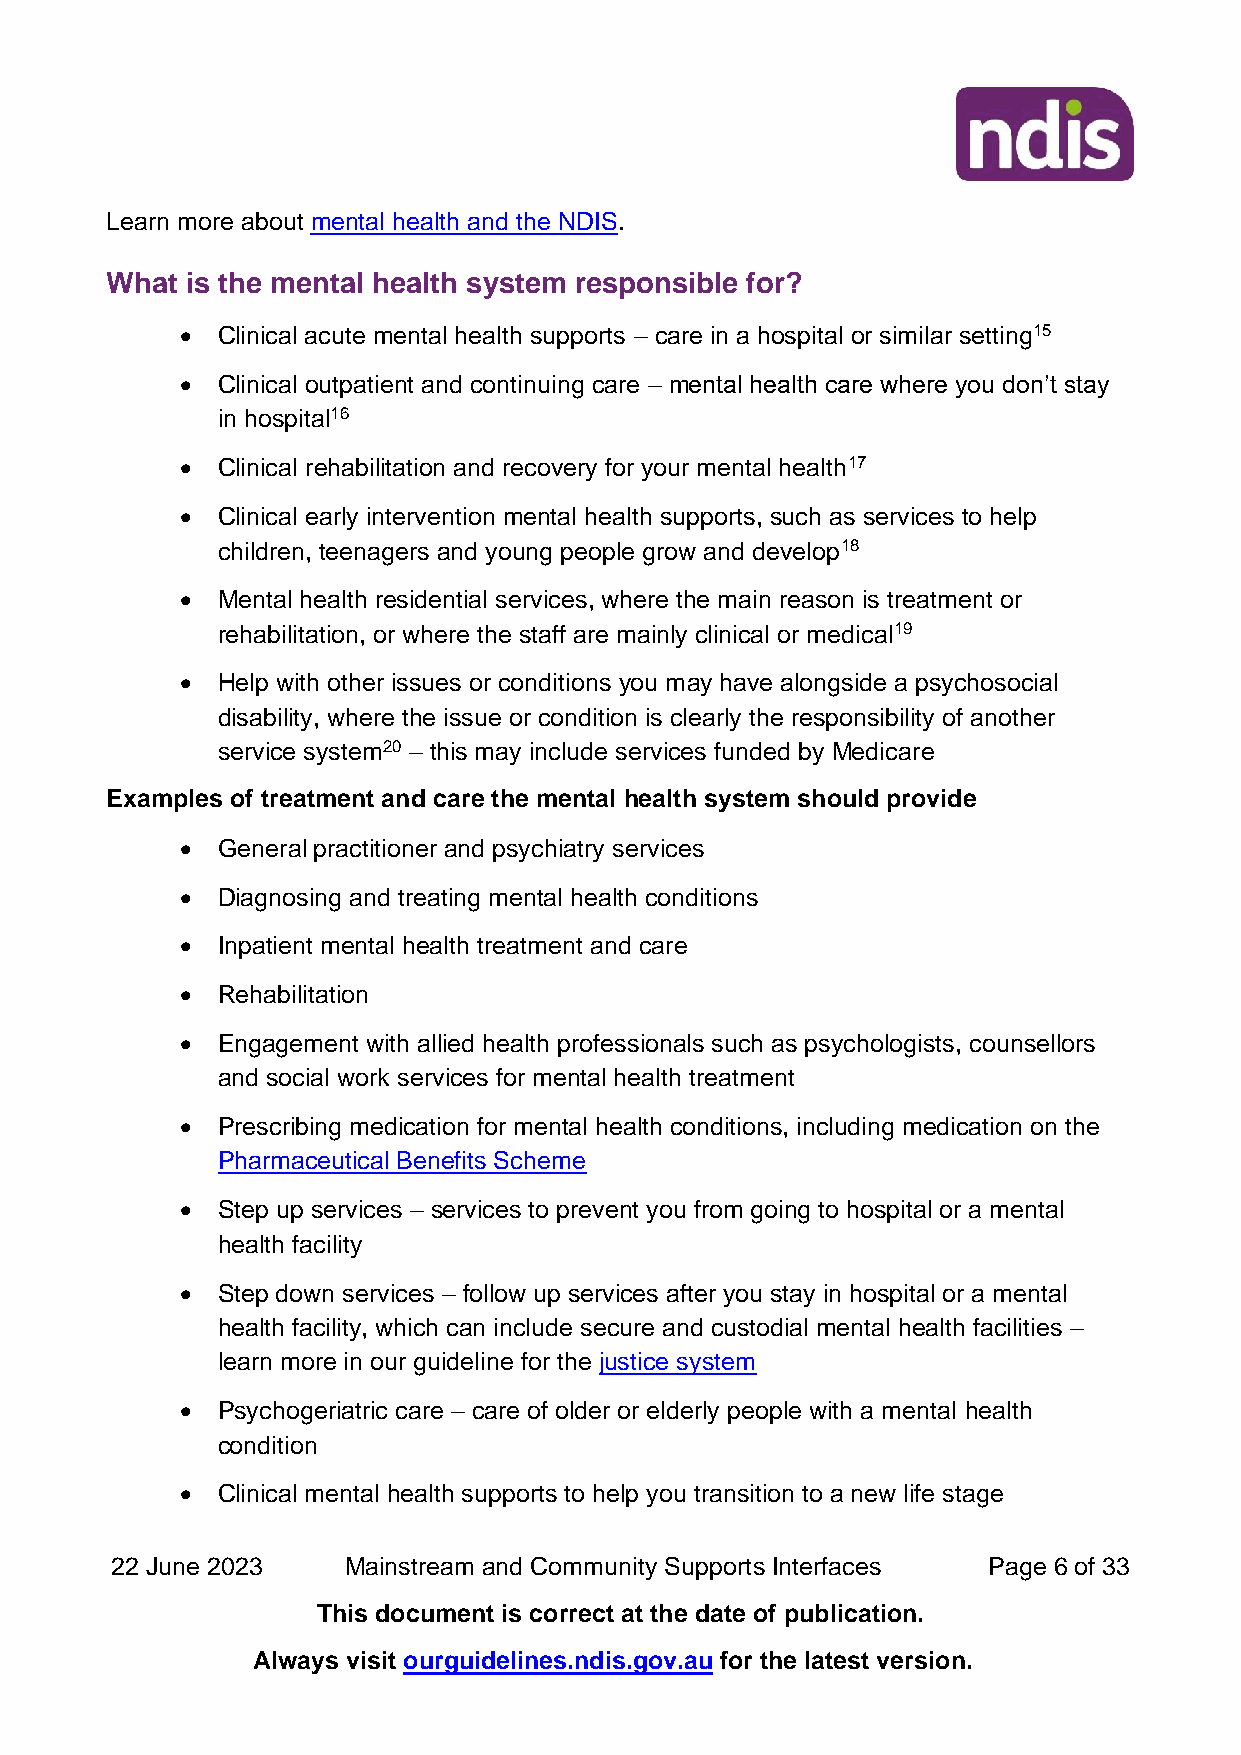
Learn more about mental health and the NDIS.
 What is the mental health system responsible for?
 • Clinical acute mental health supports – care in a hospital or similar setting15
 • Clinical outpatient and continuing care – mental health care where you don’t stay
 in hospital16
 • Clinical rehabilitation and recovery for your mental health17
 • Clinical early intervention mental health supports, such as services to help
 children, teenagers and young people grow and develop18
 • Mental health residential services, where the main reason is treatment or
 rehabilitation, or where the staff are mainly clinical or medical19
 • Help with other issues or conditions you may have alongside a psychosocial
 disability, where the issue or condition is clearly the responsibility of another
 service system20 – this may include services funded by Medicare
 Examples of treatment and care the mental health system should provide
 • General practitioner and psychiatry services
 • Diagnosing and treating mental health conditions
 • Inpatient mental health treatment and care
 • Rehabilitation
 • Engagement with allied health professionals such as psychologists, counsellors
 and social work services for mental health treatment
 • Prescribing medication for mental health conditions, including medication on the
 Pharmaceutical Benefits Scheme
 • Step up services – services to prevent you from going to hospital or a mental
 health facility
 • Step down services – follow up services after you stay in hospital or a mental
 health facility, which can include secure and custodial mental health facilities –
 learn more in our guideline for the justice system
 • Psychogeriatric care – care of older or elderly people with a mental health
 condition
 • Clinical mental health supports to help you transition to a new life stage
 22 June 2023    Mainstream and Community Supports Interfaces Page 6 of 33
 This document is correct at the date of publication.
 Always visit ourguidelines.ndis.gov.au for the latest version.